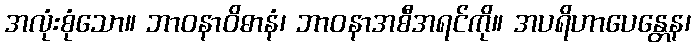
အလုံးစုံသော။ ဘာဝနာဝိဓာနံ၊ ဘာဝနာအစီအရင်ကို။ အပရိဟာပေန္တေန၊